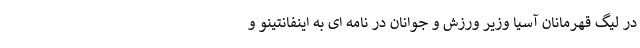
در لیگ قهرمانان آسیا وزیر ورزش و جوانان در نامه ای به اینفانتینو و